Scottish Certificate of Education, 1962
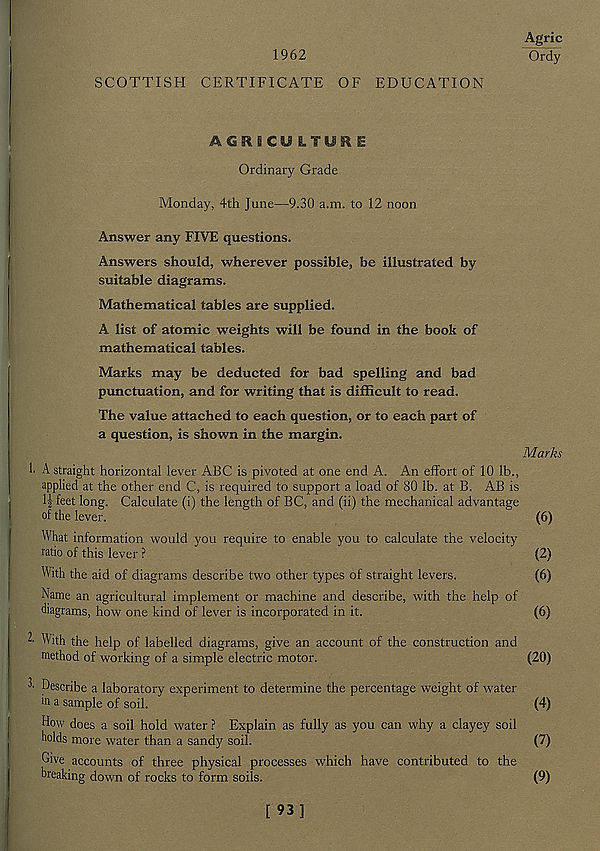
Agric
1962
SCOTTISH CERTIFICATE OF EDUCATION
AGRBCU LTFU^ E
Ordinary Grade
Monday, 4th June—9.30 a.m. to 12 noon
Answer any FIVE questions.
Answers should, wherever possible, be illustrated by
suitable diagrams.
Mathematical tables are supplied.
A list of atomic weights will be found in the book of
mathematical tables.
Marks may be deducted for bad spelling and bad
punctuation, and for writing that is difficult to read.
The value attached to each question, or to each part of
a question, is shown in the margin.
Marks
1. A straight horizontal lever ABC is pivoted at one end A. An effort of 10 lb.,
applied at the other end C, is required to support a load of 80 lb. at B. AB is
l|feet long. Calculate (i) the length of BC, and (ii) the mechanical advantage
of the lever.
(6)
What information would you require to enable you to calculate the velocity
ratio of this lever ?
(2)
With the aid of diagrams describe two other types of straight levers.
(6)
Name an agricultural implement or machine and describe, with the help of
diagrams, how one kind of lever is incorporated in it.
(6)
^ With the help of labelled diagrams, give an account of the construction and
method of working of a simple electric motor.
(20)
^ Describe a laboratory experiment to determine the percentage weight of water
in a sample of soil.
(4)
How does a soil hold water ? Explain as fully as you can why a clayey soil
holds more water than a sandy soil.
(7)
Give accounts of three physical processes which have contributed to the
breaking down of rocks to form soils.
(9)
[ 93]